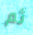
ثم